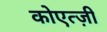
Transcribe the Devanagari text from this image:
कोएत्ज़ी